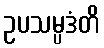
ဥပသမ္ပဒံတိ